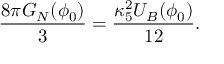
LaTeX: \frac { 8 \pi G _ { N } ( \phi _ { 0 } ) } { 3 } = \frac { \kappa _ { 5 } ^ { 2 } U _ { B } ( \phi _ { 0 } ) } { 1 2 } .